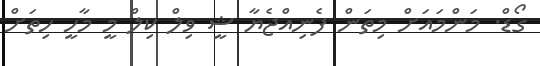
ގޯޑް. މަންމައަށް މިތަން ފެނިއްޖެޔާ ޝީ ވިލް ކިލް މީ މާހީ ހިތަށް